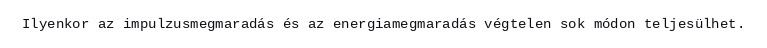
Ilyenkor az impulzusmegmaradás és az energiamegmaradás végtelen sok módon teljesülhet.